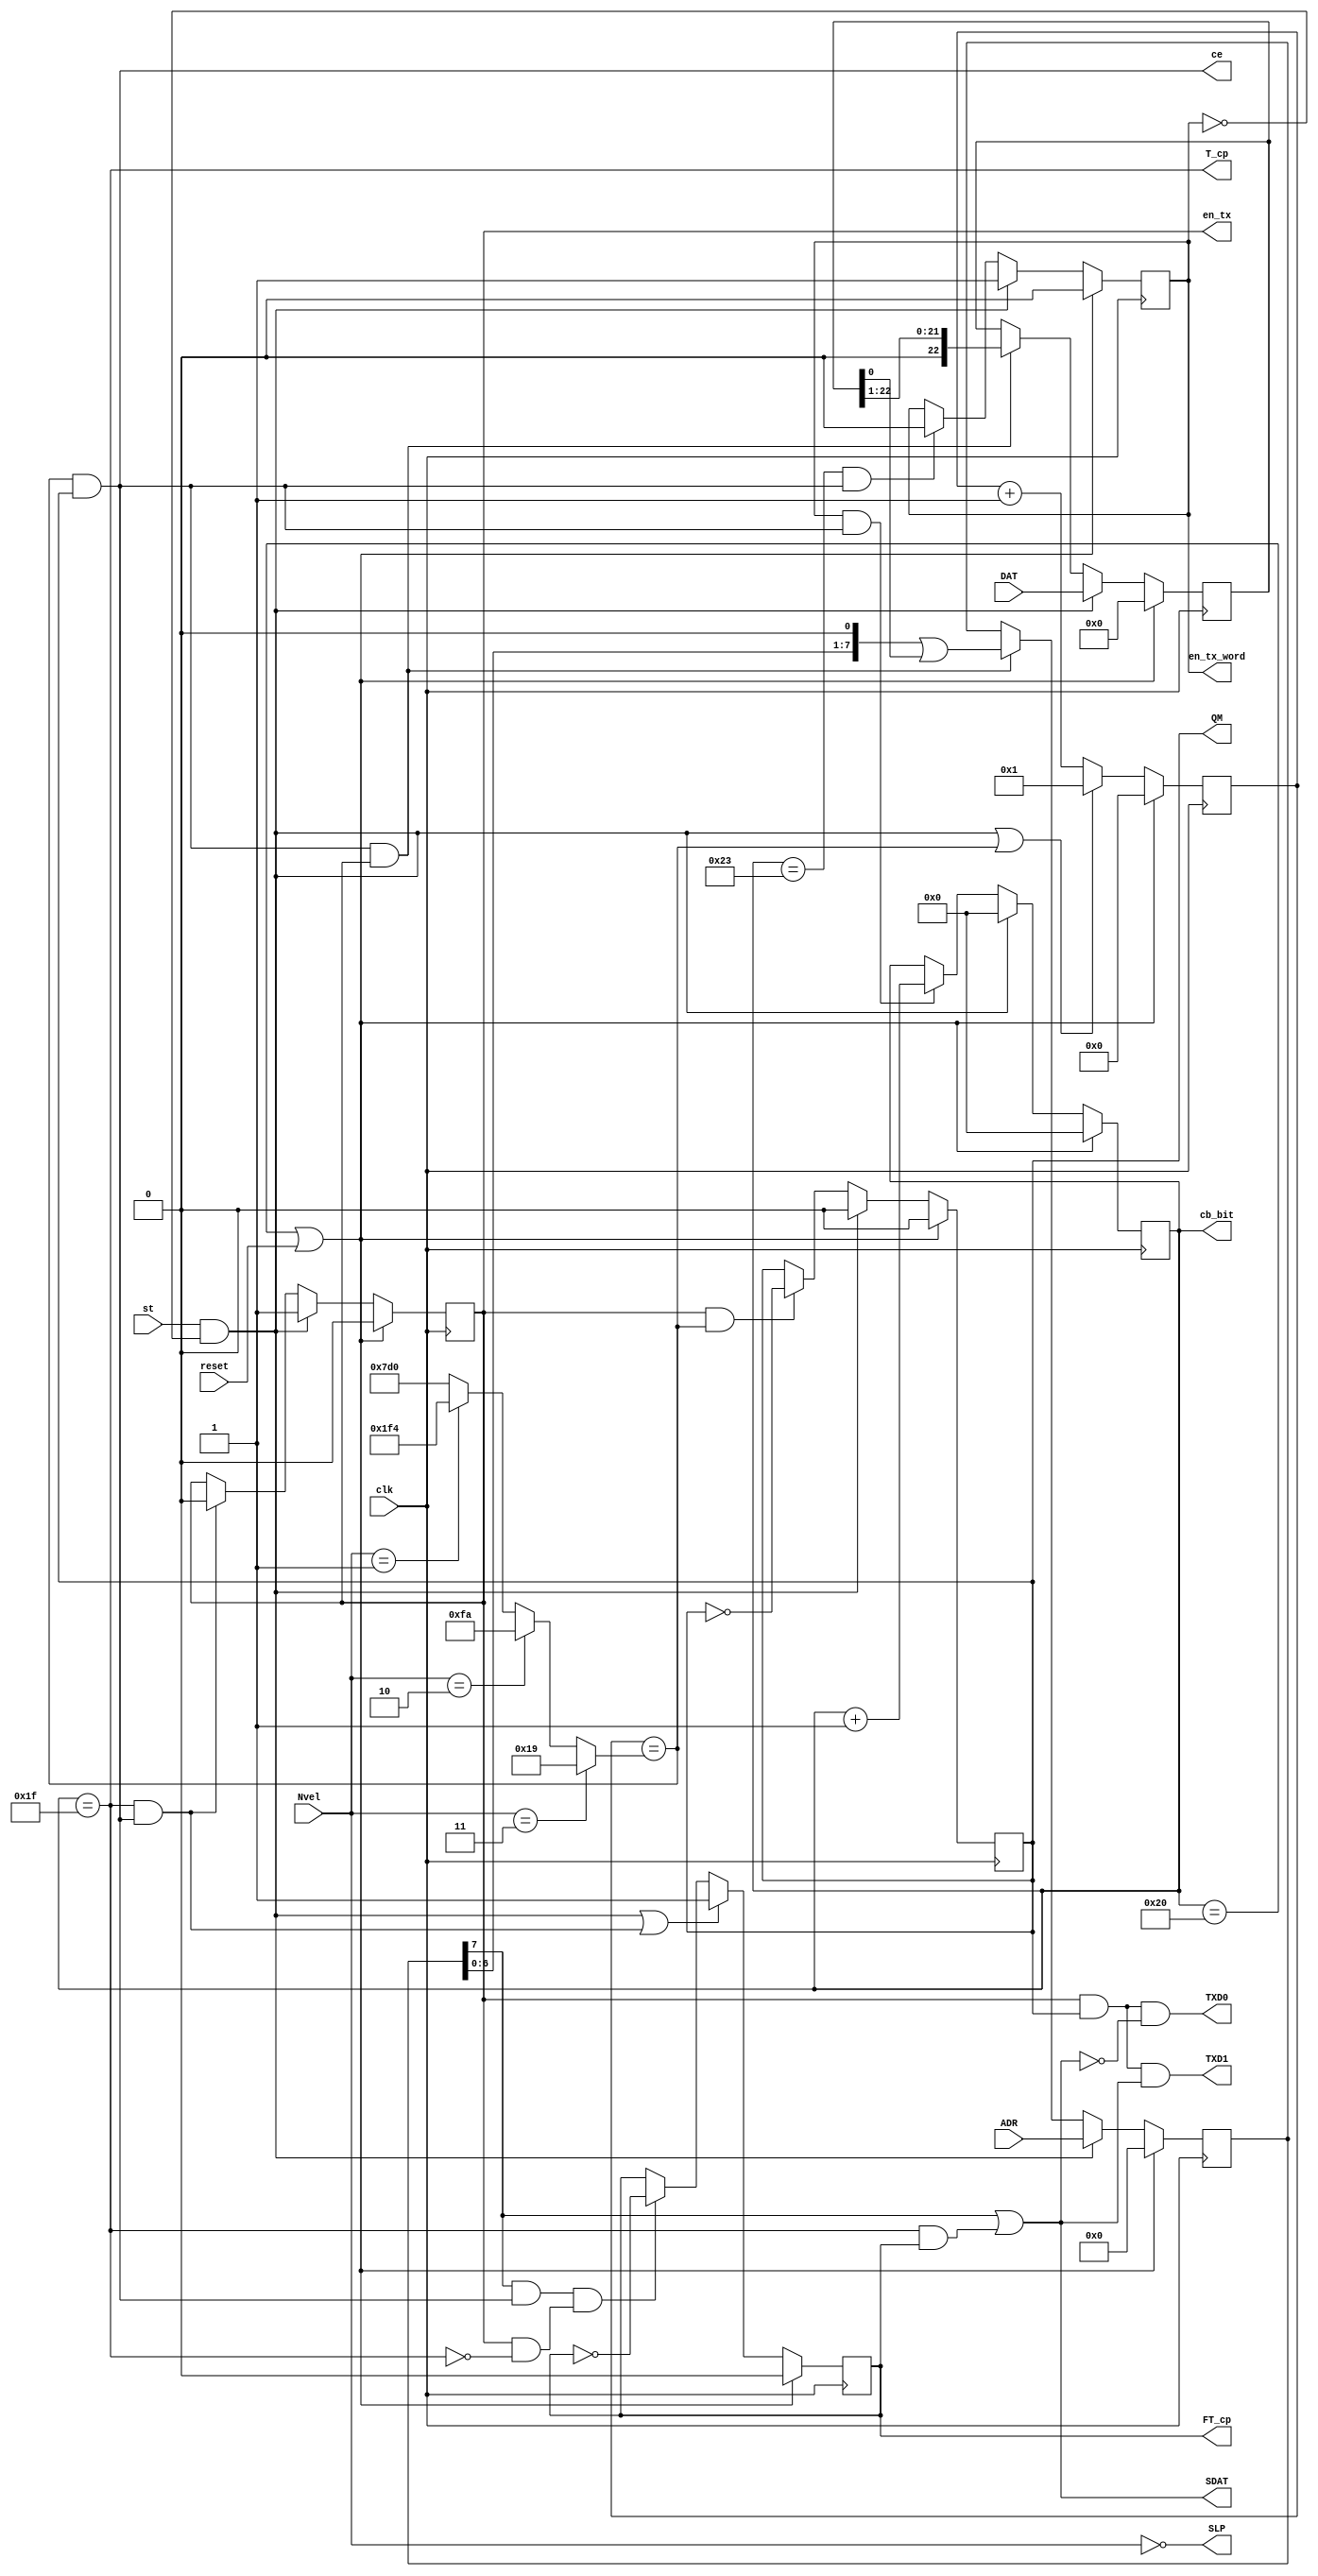
module AR_TXD (
	input clk, output wire ce, //  (Tce=1/Vel)
	input [1:0] Nvel, output wire TXD1, //  1
	input [7:0] ADR, output wire TXD0, //  0
	input [22:0]DAT, output wire SLP, //  
	input st, output reg en_tx = 0, //   
	output wire T_cp, //   
	output reg FT_cp = 0, //   
	output wire SDAT, //  
	output reg QM = 0, // 
	output reg[5:0]cb_bit = 0, // 
	output reg en_tx_word = 0, //  
	input wire reset); 

parameter Fclk = 50000000 ; //50 MHz
parameter V1Mb = 1000000 ; // 1000 kb/s
parameter V100kb = 100000 ; // 100 kb/s
parameter V50kb = 50000 ; // 50 kb/s
parameter V12_5kb = 12500 ; // 12.5 kb/s

wire [10:0]AR_Nt = (Nvel [1:0] == 3)? (Fclk / (2 * V1Mb)) : //1000.000 kb/s
						 (Nvel [1:0] == 2)? (Fclk / (2 * V100kb)) : // 100.000 kb/s
					    (Nvel [1:0] == 1)? (Fclk / (2 * V50kb)) : // 50.000 kb/s
						 (Fclk / (2 * V12_5kb)); // 12.500 kb/s

reg [10:0]cb_tce = 0; //  
reg [ 7:0]sr_adr = 0; //   
reg [22:0]sr_dat = 0; //   
wire ce_tact = (cb_tce == AR_Nt); // Tce_tact=1/(2*VEL)
assign ce = ce_tact & QM; // Tce=2* Tce_tact =1/VEL
assign T_cp = (cb_bit == 31); //   
wire T_adr_dat = en_tx & !T_cp; //    
wire ce_end_word = (cb_bit == 35) & ce; //  
assign SDAT = sr_adr[7] | (T_cp & FT_cp); // 
assign TXD1 = en_tx & QM & SDAT; //  1
assign TXD0 = en_tx & QM & !SDAT; //  0
assign SLP = (Nvel ==0); //  
wire start = st & !en_tx_word; //      

always @ (posedge clk) begin
	if (cb_bit == 32 || reset) 
	begin
		en_tx <= 0;
		FT_cp <= 0;
		QM <= 0;
		cb_bit <= 0;
		en_tx_word <= 0;
		cb_tce <= 0;
		sr_adr <= 0;
		sr_dat <= 0;
	end
	else
	begin
		cb_tce <= (start | ce_tact) ? 1 : cb_tce + 1;
		QM <= start ? 0 : (en_tx & ce_tact) ? !QM : QM; //  
		cb_bit <= start ? 0 : (en_tx_word & ce) ? cb_bit+1 : cb_bit; // 
		en_tx_word <= start ? 1 : ce_end_word ? 0 : en_tx_word; /*    */
		en_tx <= start ? 1 : (T_cp & ce) ? 0 : en_tx; //   
		FT_cp <= (start | (T_cp & ce)) ? 1 : (sr_adr[7] & ce & T_adr_dat) ? !FT_cp : FT_cp; /* */
		sr_adr <= start ? ADR : (ce & en_tx) ? sr_adr << 1 | sr_dat[0] : sr_adr; /*    */
		sr_dat <= start ? DAT : (ce & en_tx) ? sr_dat >> 1 : sr_dat; /*     */
	end
end

endmodule